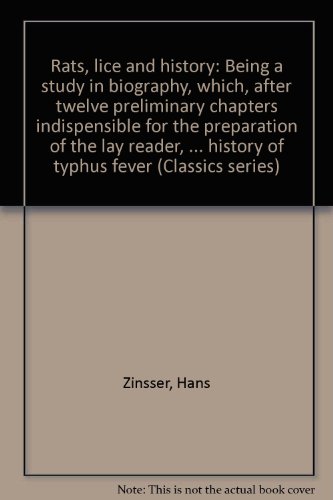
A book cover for Rats, lice and history: Being a study in biography, which, after twelve preliminary chapters indispensible for the preparation of the lay reader, deals ... history of typhus fever (Classics series); Hans Zinsser; Health, Fitness & Dieting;